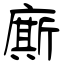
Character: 廝